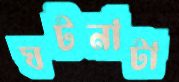
ঘটনাটা